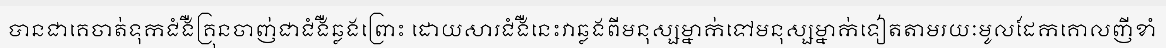
បានជាគេចាត់ទុកជំងឺគ្រុនចាញ់ជាជំងឺឆ្លងព្រោះ ដោយសារជំងឺនេះវាឆ្លងពីមនុស្សម្នាក់ទៅមនុស្សម្នាក់ទៀតតាមរយៈមូលដែកគោលញីខាំ